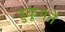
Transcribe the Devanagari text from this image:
हुकूमतें